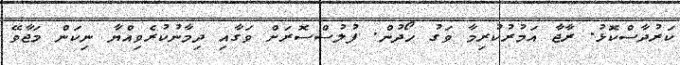
ކަރުދާސްކޮޅު. ރާޖާ އަމުރުކުރިމާ ވަގު ހޯދުން. ފުލުސްސޮރަށް ވަގާއި ދިމާނުކުރެވިއްޔާ ނިކަން މަޖާވޭ